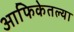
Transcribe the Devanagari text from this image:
आफिकेतल्या